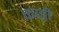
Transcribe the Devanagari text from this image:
काड़ी